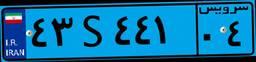
۴۰S۴۷۹۷۲